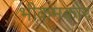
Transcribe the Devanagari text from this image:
भीकमकोर